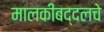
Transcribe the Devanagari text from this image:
मालकीबद्दलचे